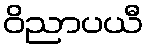
ဝိညာပယီ